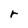
Character: r